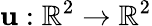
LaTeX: \mathbf{u}:\mathbb{R}^{2}\rightarrow\mathbb{R}^{2}